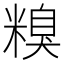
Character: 糗